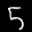
Label: 5